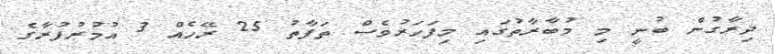
ދިރާގުން ބުނީ މި މުބާރާތުގައި މިފަހަރުވެސް ތަފާތު 25 ރޭހެއް 3 އުމުރުފުރާގެ